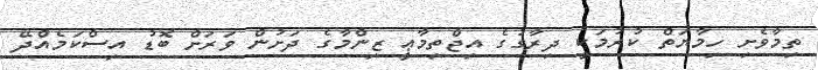
ތިމާވެށި ހިމާޔަތް ކުރުމަކީ ދިރާގުގެ އިޖްތިމާޢީ ޒިންމާގެ ދަށުން ވަރަށް ބޮޑު އިސްކަމެއްދޭ